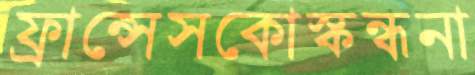
ফ্রান্সেসকোস্কন্ধনা